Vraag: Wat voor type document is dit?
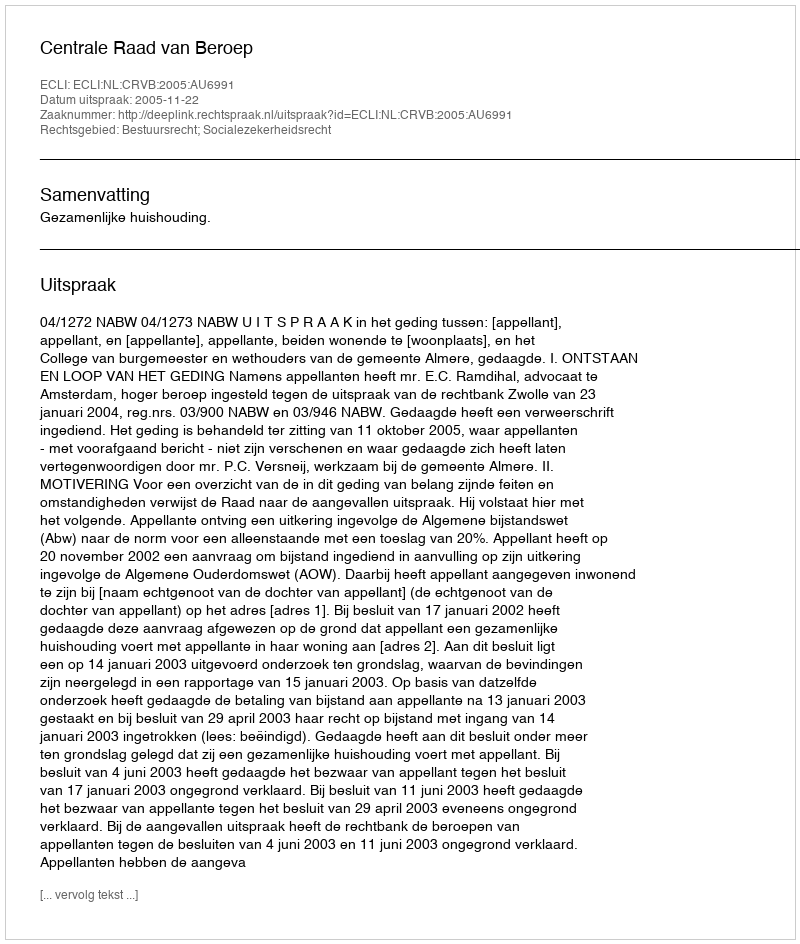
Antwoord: Uitspraak